Indian journal of veterinary science and animal husbandry - Volume 4,
Year: 1934
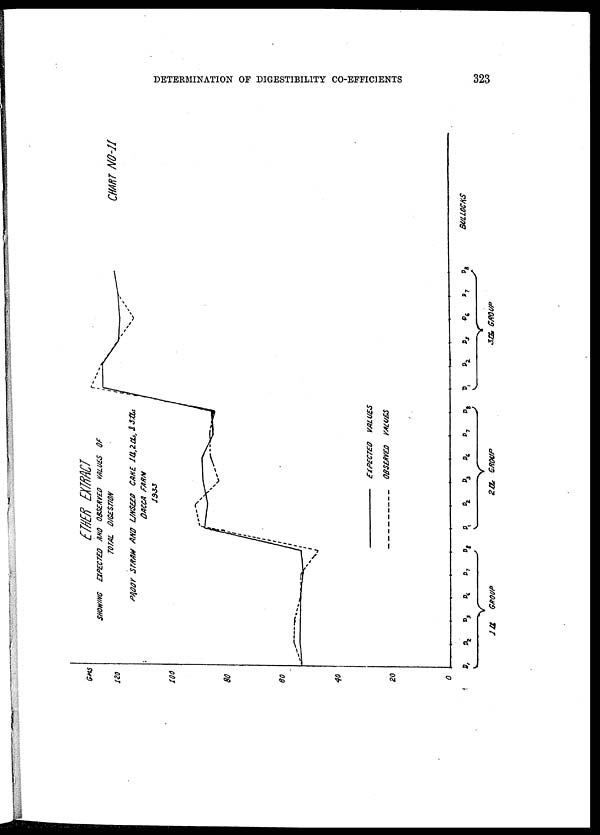
DETERMINATION OF DIGESTIBILITY CO-EFFICIENTS
323